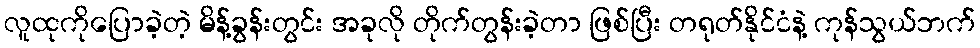
လူထုကိုပြောခဲ့တဲ့ မိန့်ခွန်းတွင်း အခုလို တိုက်တွန်းခဲ့တာ ဖြစ်ပြီး တရုတ်နိုင်ငံနဲ့ ကုန်သွယ်ဘက်